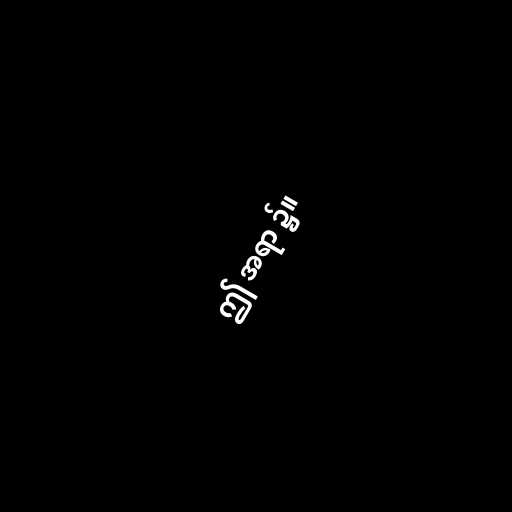
ဤ အရာ ၌။